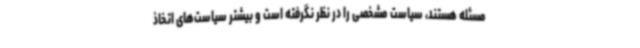
مسئله هستند، سیاست مشخصی را در نظر نگرفته است و بیشتر سیاست‌های اتخاذ